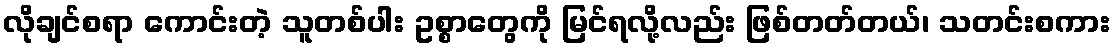
လိုချင်စရာ ကောင်းတဲ့ သူတစ်ပါး ဥစ္စာတွေကို မြင်ရလို့လည်း ဖြစ်တတ်တယ်၊ သတင်းစကား